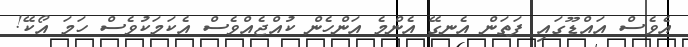
އެވެސް އައްޑޫގައި ފަތަން އެނގޭ އެންމެ އަންހެން ކުއްޖެއްވެސް އެކަމަކުވެސް ހަމަ އޯކޭ!